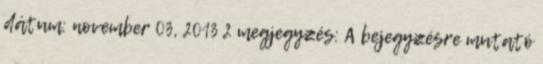
dátum: november 03, 2013 2 megjegyzés: A bejegyzésre mutató